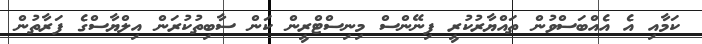
ކަމާއި އެ އެއްބަސްވުން ތައްޔާރުކުރީ ފިނޭންސް މިނިސްޓްރީން ކަން ސާބިތުކުރަން އިލްޔާސްގެ ފަރާތުން